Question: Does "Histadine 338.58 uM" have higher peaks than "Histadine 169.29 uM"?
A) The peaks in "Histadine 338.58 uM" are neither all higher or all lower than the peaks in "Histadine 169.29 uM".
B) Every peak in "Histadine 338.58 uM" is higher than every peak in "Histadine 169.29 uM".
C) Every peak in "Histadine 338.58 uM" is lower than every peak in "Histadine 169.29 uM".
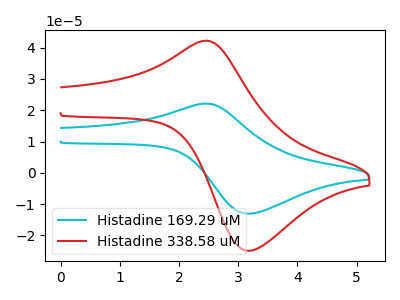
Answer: <think>The cyan curve "Histadine 169.29 uM" has an anodic peak at (2.45V, 22.15uA) and a cathodic peak at (3.20V, -13.05uA). The red curve "Histadine 338.58 uM" has an anodic peak at (2.45V, 42.20uA) and a cathodic peak at (3.20V, -24.90uA).</think>
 <answer>B) Every peak in "Histadine 338.58 uM" is higher than every peak in "Histadine 169.29 uM".</answer>
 <eval>B</eval>